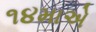
૧૪માએ